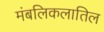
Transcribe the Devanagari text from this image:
मंबलिकलातिल